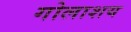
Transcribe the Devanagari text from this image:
गोलाशय